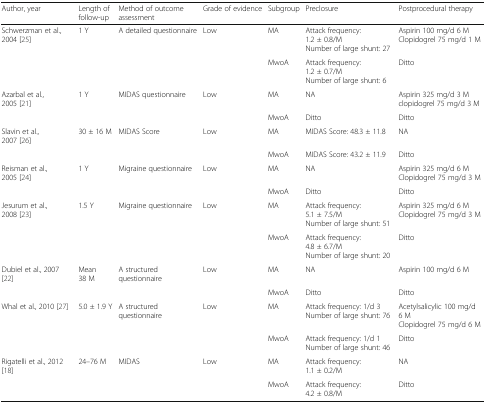
| Author, year | Length of follow-up | Method of outcome assessment | Grade of evidence | Subgroup | Preclosure | Postprocedural therapy |
 | --- | --- | --- | --- | --- | --- | --- |
 | Schwerzman et al., 2004 [25] | 1 Y | A detailed questionnaire | Low | MA | Attack frequency: 1.2 ± 0.8/MNumber of large shunt: 27 | Aspirin 100 mg/d 6 MClopidogrel 75 mg/d 1 M |
 |  |  |  |  | MwoA | Attack frequency: 1.2 ± 0.7/MNumber of large shunt: 6 | Ditto |
 | Azarbal et al., 2005 [21] | 1 Y | MIDAS questionnaire | Low | MA | NA | Aspirin 325 mg/d 3 Mclopidogrel 75 mg/d 3 M |
 |  |  |  |  | MwoA | Ditto | Ditto |
 | Slavin et al., 2007 [26] | 30 ± 16 M | MIDAS Score | Low | MA | MIDAS Score: 48.3 ± 11.8 | NA |
 |  |  |  |  | MwoA | MIDAS Score: 43.2 ± 11.9 | Ditto |
 | Reisman et al., 2005 [24] | 1 Y | Migraine questionnaire | Low | MA | NA | Aspirin 325 mg/d 6 MClopidogrel 75 mg/d 3 M |
 |  |  |  |  | MwoA | Ditto | Ditto |
 | Jesurum et al., 2008 [23] | 1.5 Y | Migraine questionnaire | Low | MA | Attack frequency: 5.1 ± 7.5/MNumber of large shunt: 51 | Aspirin 325 mg/d 6 MClopidogrel 75 mg/d 3 M |
 |  |  |  |  | MwoA | Attack frequency: 4.8 ± 6.7/MNumber of large shunt: 20 | Ditto |
 | Dubiel et al., 2007 [22] | Mean 38 M | A structured questionnaire | Low | MA | NA | Aspirin 100 mg/d 6 M |
 |  |  |  |  | MwoA | Ditto | Ditto |
 | Whal et al., 2010 [27] | 5.0 ± 1.9 Y | A structured questionnaire | Low | MA | Attack frequency: 1/d 3Number of large shunt: 76 | Acetylsalicylic 100 mg/d 6 MClopidogrel 75 mg/d 6 M |
 |  |  |  |  | MwoA | Attack frequency: 1/d 1Number of large shunt: 46 | Ditto |
 | Rigatelli et al., 2012 [18] | 24–76 M | MIDAS | Low | MA | Attack frequency: 1.1 ± 0.2/M | NA |
 |  |  |  |  | MwoA | Attack frequency: 4.2 ± 0.8/M | Ditto |